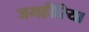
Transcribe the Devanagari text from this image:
जमहीरिया